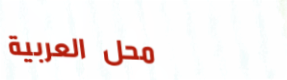
محل العربية